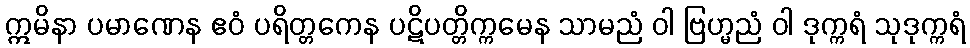
ဣမိနာ ပမာဏေန ဧဝံ ပရိတ္တကေန ပဋိပတ္တိက္ကမေန သာမညံ ဝါ ဗြဟ္မညံ ဝါ ဒုက္ကရံ သုဒုက္ကရံ